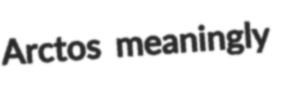
Arctos meaningly